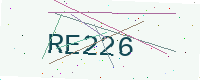
Text: RE226